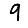
Digit: 9